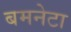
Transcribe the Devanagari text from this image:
बमनेटा